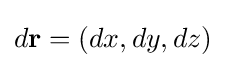
d\mathbf {r} =(dx,dy,dz)